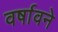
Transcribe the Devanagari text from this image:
वर्षावने